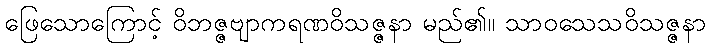
ဖြေသောကြောင့် ဝိဘဇ္ဇဗျာကရဏဝိသဇ္ဇနာ မည်၏။ သာဝသေသဝိသဇ္ဇနာ